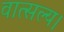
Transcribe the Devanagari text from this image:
वात्सल्य।